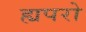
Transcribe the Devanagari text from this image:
ह्यपरो